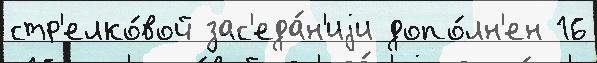
стр'елко́вой зас'еда́н'иjи допо́лн'ен 16